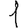
Digit: 1